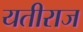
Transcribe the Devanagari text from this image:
यतीराज